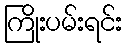
ကြိုးပမ်းရင်း